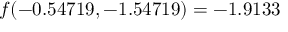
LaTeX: f ( - 0 . 5 4 7 1 9 , - 1 . 5 4 7 1 9 ) = - 1 . 9 1 3 3